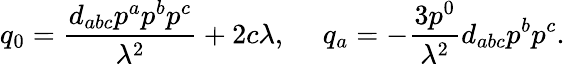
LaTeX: q_{0}={\frac{d_{abc}p^{a}p^{b}p^{c}}{\lambda^{2}}}+2c\lambda,\ \ \ \ \ q_{a}=-{\frac{3p^{0}}{\lambda^{2}}}d_{abc}p^{b}p^{c}.